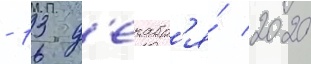
- 13 д'екабр'я́ 2020